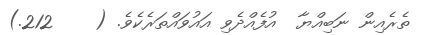
ތެރެއިން ނަބިއްޔާ  އުފެއްދެވި އައުވައްތަރެކެވެ. (    212.)